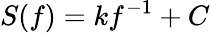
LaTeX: S(f)=kf^{-1}+C